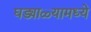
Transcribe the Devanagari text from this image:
घड्याळ्यामध्ये